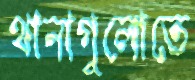
থানাগুলোতে